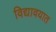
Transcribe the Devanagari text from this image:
विद्यावयात